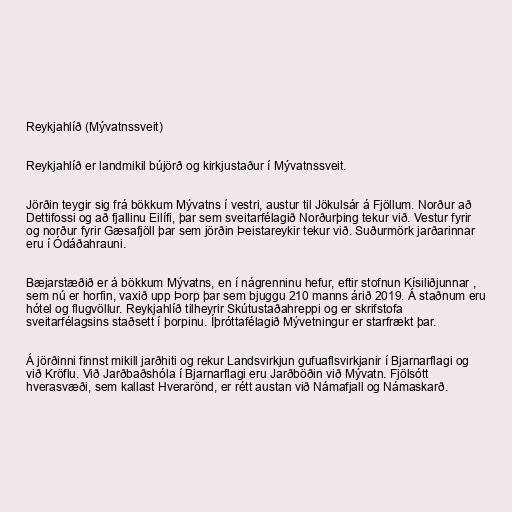
Reykjahlíð (Mývatnssveit)

Reykjahlíð er landmikil bújörð og kirkjustaður í Mývatnssveit.

Jörðin teygir sig frá bökkum Mývatns í vestri, austur til Jökulsár á Fjöllum. Norður að
Dettifossi og að fjallinu Eilífi, þar sem sveitarfélagið Norðurþing tekur við. Vestur fyrir
og norður fyrir Gæsafjöll þar sem jörðin Þeistareykir tekur við. Suðurmörk jarðarinnar
eru í Ódáðahrauni.

Bæjarstæðið er á bökkum Mývatns, en í nágrenninu hefur, eftir stofnun Kísiliðjunnar ,
sem nú er horfin, vaxið upp Þorp þar sem bjuggu 210 manns árið 2019. Á staðnum eru
hótel og flugvöllur. Reykjahlíð tilheyrir Skútustaðahreppi og er skrifstofa
sveitarfélagsins staðsett í þorpinu. Íþróttafélagið Mývetningur er starfrækt þar.

Á jörðinni finnst mikill jarðhiti og rekur Landsvirkjun gufuaflsvirkjanir í Bjarnarflagi og
við Kröflu. Við Jarðbaðshóla í Bjarnarflagi eru Jarðböðin við Mývatn. Fjölsótt
hverasvæði, sem kallast Hverarönd, er rétt austan við Námafjall og Námaskarð.